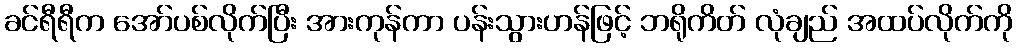
ခင်ရီရီက အော်ပစ်လိုက်ပြီး အားကုန်ကာ ပန်းသွားဟန်ဖြင့် ဘရိုကိတ် လုံချည် အထပ်လိုက်ကို